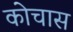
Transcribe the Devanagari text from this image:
कोचास